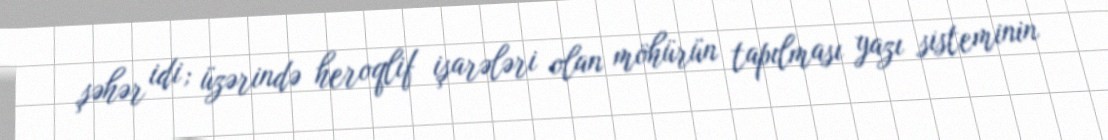
şəhər idi; üzərində heroqlif işarələri olan möhürün tapılması yazı sisteminin